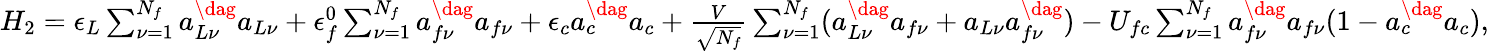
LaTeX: \begin{array}{r}{H_{2}=\epsilon_{L}\sum_{\nu=1}^{N_{f}}a_{L\nu}^{\dag}a_{L\nu}+\epsilon_{f}^{0}\sum_{\nu=1}^{N_{f}}a_{f\nu}^{\dag}a_{f\nu}+\epsilon_{c}a_{c}^{\dag}a_{c}+\frac{V}{\sqrt{N_{f}}}\sum_{\nu=1}^{N_{f}}(a_{L\nu}^{\dag}a_{f\nu}+a_{L\nu}a_{f\nu}^{\dag})-U_{fc}\sum_{\nu=1}^{N_{f}}a_{f\nu}^{\dag}a_{f\nu}(1-a_{c}^{\dag}a_{c}),}\end{array}